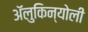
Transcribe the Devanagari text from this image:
ॲलुकिन्योली